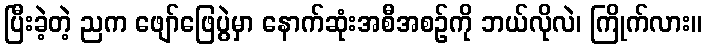
ပြီးခဲ့တဲ့ ညက ဖျော်ဖြေပွဲမှာ နောက်ဆုံးအစီအစဉ်ကို ဘယ်လိုလဲ၊ ကြိုက်လား။